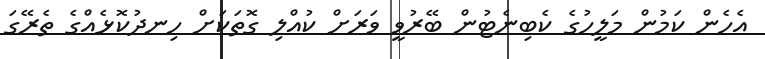
އެހެން ކަމުން މަލީހުގެ ކެބިނެޓުން ބޭރުވީ ވަރަށް ކުއްލި ގޮތަކަށް ހިނދުކޮޅެއްގެ ތެރޭގަ